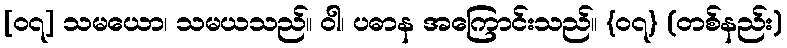
[၀၇] သမယော၊ သမယသည်။ ဝါ၊ ပဓာန အကြောင်းသည်။ {၀၇} (တစ်နည်း)